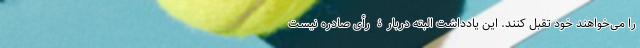
را می‌خواهند خود تقبل کنند. این یادداشت البته دربارۀ رأی صادره نیست